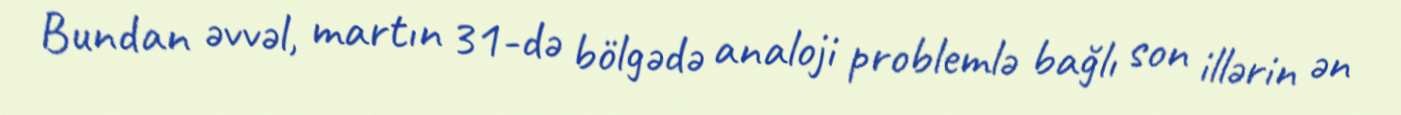
Bundan əvvəl, martın 31-də bölgədə analoji problemlə bağlı son illərin ən